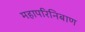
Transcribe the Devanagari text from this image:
महापरिनिबाण